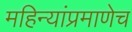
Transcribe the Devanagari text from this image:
महिन्यांप्रमाणेच